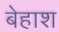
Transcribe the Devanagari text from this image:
बेहाश